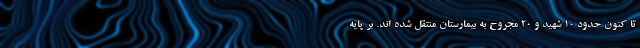
تا کنون حدود ۱۰ شهید و ۲۰ مجروح به بیمارستان منتقل شده اند. بر پایه